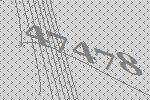
47478